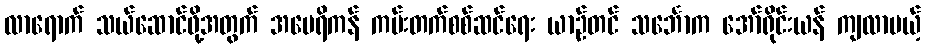
လာရောက် သယ်ဆောင်ဖို့အတွက် အမေရိကန် ကမ်းတက်စစ်ဆင်ရေး ယာဉ်တင် သင်္ဘောက အော်ရိုင်းယန် ကျလာမယ့်